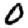
Digit: 0